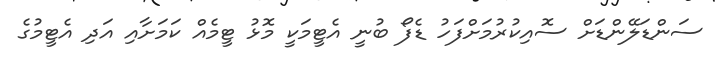
ސަންޑަލޭންޑަށް ސޮއިކުރުމަށްފަހު ޑެފޯ ބުނީ އެޓީމަކީ މޮޅު ޓީމެއް ކަމަށާއި އަދި އެޓީމުގެ